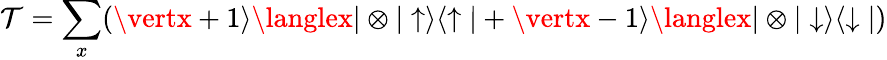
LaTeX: \mathcal{T}=\sum_{x}(\vertx+1\rangle\langlex\vert\otimes\vert\uparrow\rangle\langle\uparrow\vert+\vertx-1\rangle\langlex\vert\otimes\vert\downarrow\rangle\langle\downarrow\vert)